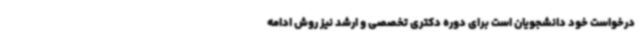
درخواست خود دانشجویان است برای دوره دکتری تخصصی و ارشد نیز روش ادامه